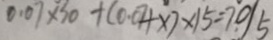
0 . 0 7 \times 3 0 + ( 0 . 0 7 \times x ) \times 1 5 = 7 0 / 5